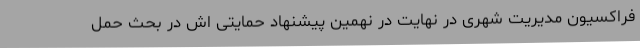
فراکسیون مدیریت شهری در نهایت در نهمین پیشنهاد حمایتی اش در بحث حمل